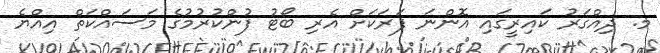
މ. ދިއްގަރު ކައިރީގައި އޮންނަ ފަރަކަށް އެރި ބޯޓު ފުންކުރުމުގެ މަސައްކަތް އިއްޔެ